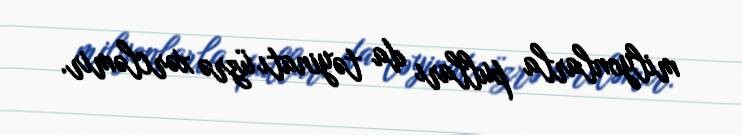
milyonlarla pulları da təyinatı üzrə xərcləmir.